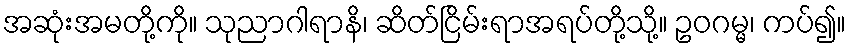
အဆုံးအမတို့ကို။ သုညာဂါရာနိ၊ ဆိတ်ငြိမ်းရာအရပ်တို့သို့။ ဥဝဂမ္မ၊ ကပ်၍။